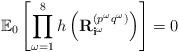
LaTeX: \begin{align*}\mathbb{E}_0 \left[ \prod_{\omega = 1}^8 h\left({\bf R}^{(p^\omega q^\omega)}_{{\bf i}^\omega}\right) \right] = 0\end{align*}